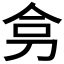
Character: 𭃟